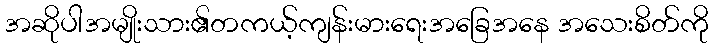
အဆိုပါအမျိုးသား၏တကယ့်ကျန်းမားရေးအခြေအနေ အသေးစိတ်ကို